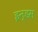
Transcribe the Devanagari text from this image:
इन्‍डस